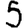
Digit: 5